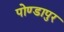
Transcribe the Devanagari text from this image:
पोण्डापुर